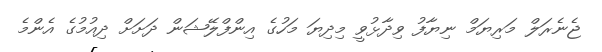
ޖެނެރަލް މަރިޔަމް ނިޔާފު ވިދާޅުވީ މިދިޔަ މަހުގެ އިންފްލޭޝަން ދަށަށް ދިއުމުގެ އެންމެ